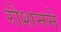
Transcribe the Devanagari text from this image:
रोशनने